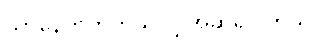
သာနေတတ်တယ်လို့ အဆိုရှိပါတယ်။